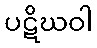
ပဋိဃဝါ